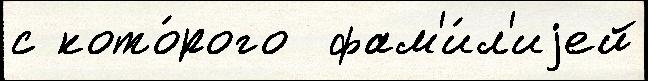
с кото́рого  фам'и́л'иjей